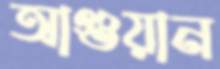
আগুয়ান